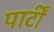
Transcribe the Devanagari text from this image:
पार्टीं